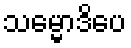
သမ္မောဒိပေ